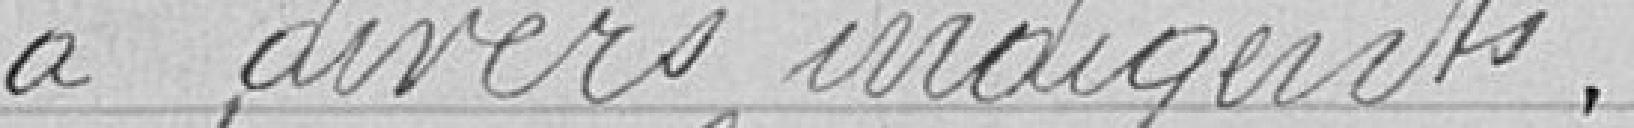
à divers indigents.